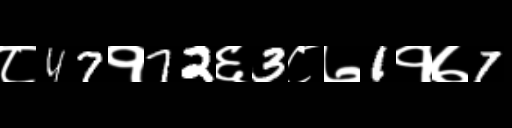
Text: ८47१72६3८७1१७7